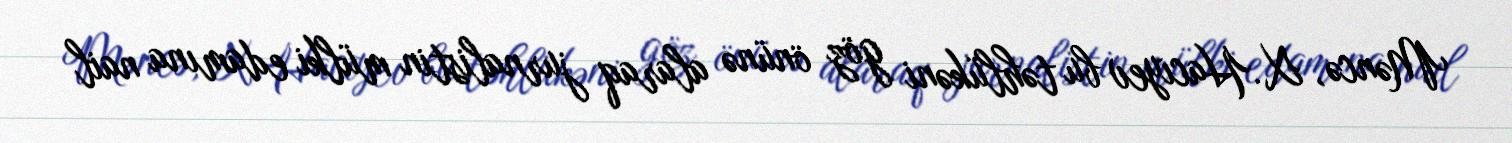
Məncə, X.Hacıyev bu təhlükəni göz önünə alaraq jurnalistin mülki edamına nail